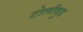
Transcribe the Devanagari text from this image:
टोलीवुड